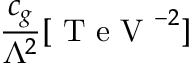
\frac { c _ { g } } { \Lambda ^ { 2 } } [ \mathrm { ~ T ~ e ~ V ~ } ^ { - 2 } ]